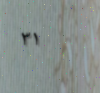
٣١